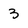
Character: 3